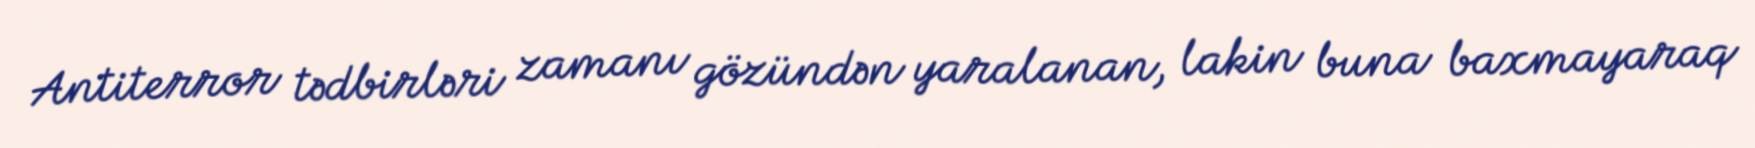
Antiterror tədbirləri zamanı gözündən yaralanan, lakin buna baxmayaraq